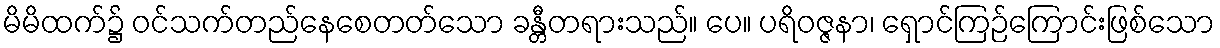
မိမိထက်၌ ဝင်သက်တည်နေစေတတ်သော ခန္တီတရားသည်။ ပေ။ ပရိဝဇ္ဇနာ၊ ရှောင်ကြဉ်ကြောင်းဖြစ်သော